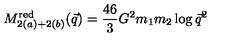
M _ { 2 ( a ) + 2 ( b ) } ^ { \mathrm { r e d } } ( \vec { q } ) = { \frac { 4 6 } { 3 } } G ^ { 2 } m _ { 1 } m _ { 2 } \log \vec { q } ^ { 2 }